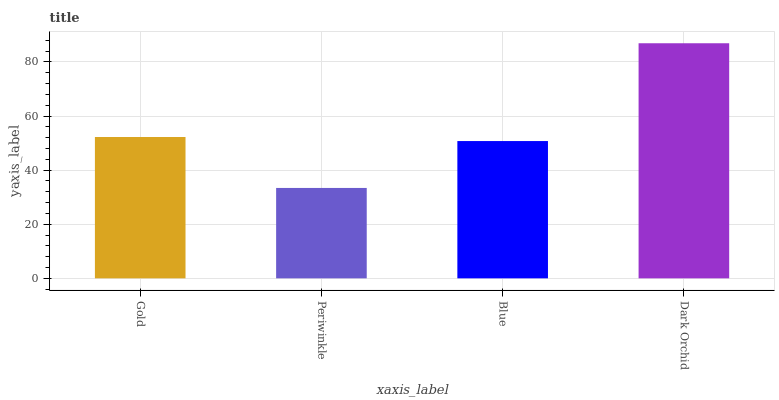
| xaxis_label | bars |
 | --- | --- |
 | Gold | 52.2 |
 | Periwinkle | 33.4 |
 | Blue | 50.7 |
 | Dark Orchid | 86.9 |